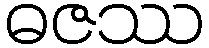
ဓဇဿ